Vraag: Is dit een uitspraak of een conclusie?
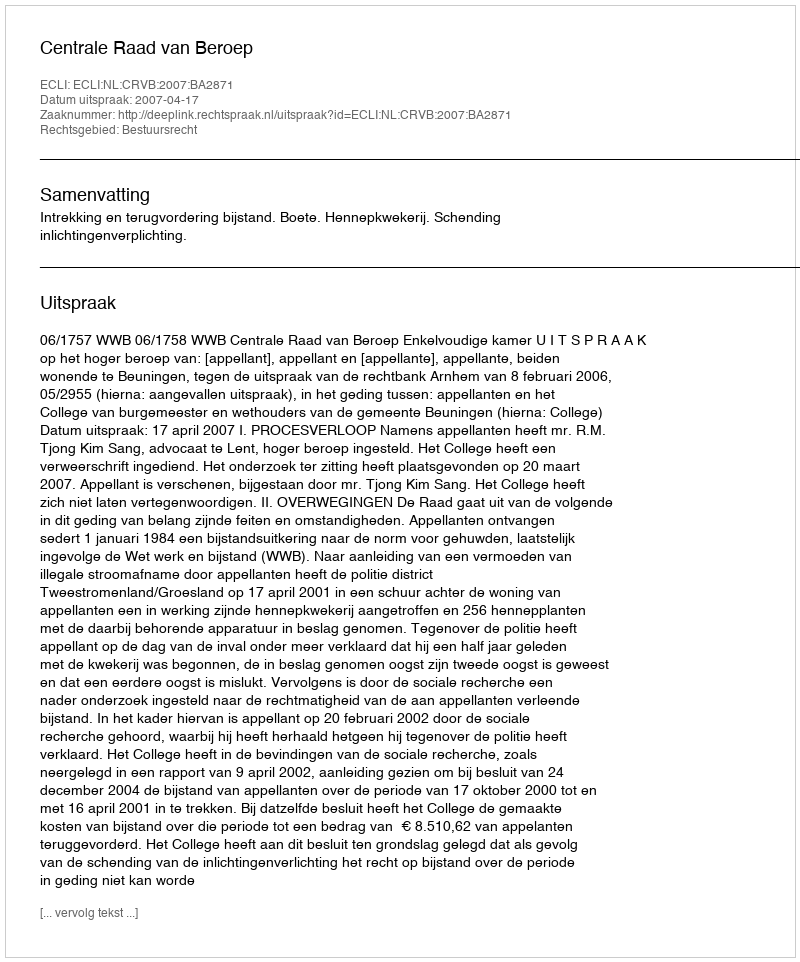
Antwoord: Uitspraak